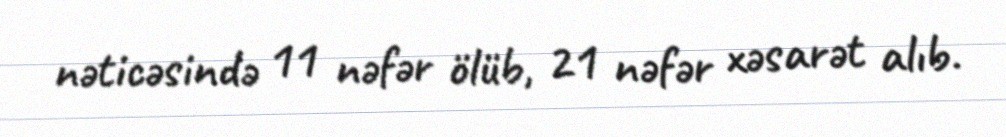
nəticəsində 11 nəfər ölüb, 21 nəfər xəsarət alıb.